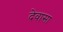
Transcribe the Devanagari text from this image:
देवासा